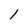
Character: I